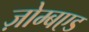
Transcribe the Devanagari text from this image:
ज़ोम्बएड